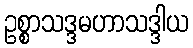
ဥစ္စာသဒ္ဒမဟာသဒ္ဒါယ